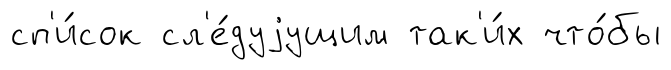
сп'и́сок сл'е́дуjущим так'и́х что́бы